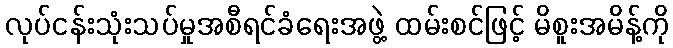
လုပ်ငန်းသုံးသပ်မှုအစီရင်ခံရေးအဖွဲ့ ထမ်းစင်ဖြင့် မိစူးအမိန့်ကို